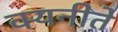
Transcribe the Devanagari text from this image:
क्यनीते